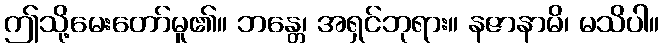
ဤသို့မေးတော်မူ၏။ ဘန္တေ၊ အရှင်ဘုရား။ နဇာနာမိ၊ မသိပါ။